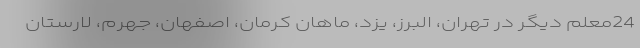
24معلم دیگر در تهران، البرز، یزد، ماهان کرمان، اصفهان، جهرم، لارستان